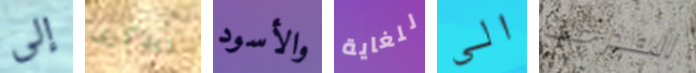
إلى تتذكرى والأسود للغاية الى المدرجات